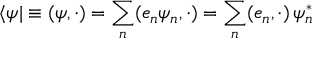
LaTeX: \langle \psi | \equiv ( { \boldsymbol { \psi } } , \cdot ) = \sum _ { n } ( { \boldsymbol { e } } _ { n } \psi _ { n } , \cdot ) = \sum _ { n } ( { \boldsymbol { e } } _ { n } , \cdot ) \, \psi _ { n } ^ { * }